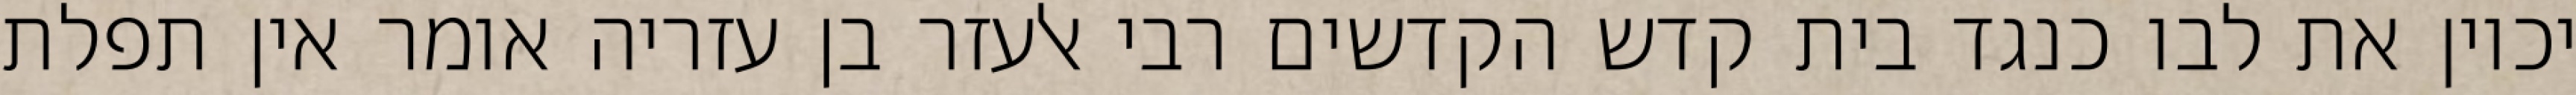
יכוין את לבו כנגד בית קדש הקדשים רבי אלעזר בן עזריה אומר אין תפלת